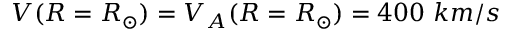
V ( R = R _ { \odot } ) = V _ { A } ( R = R _ { \odot } ) = 4 0 0 ~ k m / s